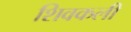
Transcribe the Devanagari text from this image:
शिवकली